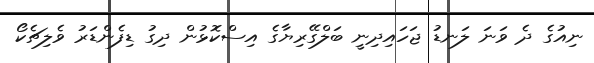
ނިއުގެ ދެ ވަނަ ލަނޑު ޖަހައިދިނީ ބަލްގޭރިޔާގެ އިސްކޮޅުން ދިގު ޑިފެންޑަރު ވެލިޗެކޯ